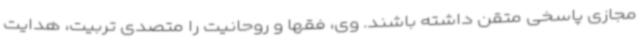
مجازی پاسخی متقن داشته باشند. وی، فقها و روحانیت را متصدی تربیت، هدایت